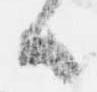
候